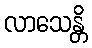
လာသေန္တိ